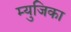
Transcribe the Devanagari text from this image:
म्युजिका